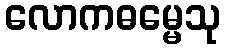
လောကဓမ္မေသု